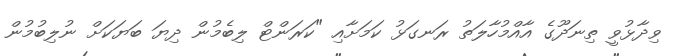
ވިދާޅުވީ ތިނަދޫގެ އާއްމުހާލަތު ރަނގަޅު ކަމަށާއި "ކަރަންޓް ލިބެމުން ދިޔަ ބަޔަކަށް ނުލިބުމުން